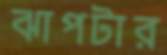
ঝাপটার